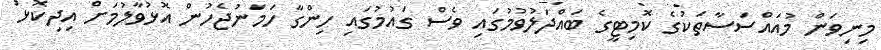
މިނިވަން މުއައްސަސާތަކުގެ ކޮމިޓީގެ ބައްދަލުވުމުގައި ވެސް ގައުމުގައި ހިންގާ ހަމަނުޖެހުން އޮޅުވާލުމަށް އިދިކޮޅު